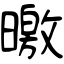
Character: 曒